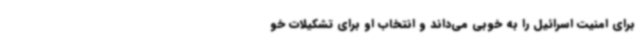
برای امنیت اسرائیل را به خوبی می‌داند و انتخاب او برای تشکیلات خو